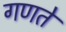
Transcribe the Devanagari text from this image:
गणते